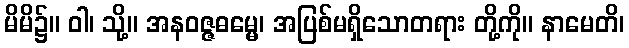
မိမိ၌။ ဝါ၊ သို့။ အနဝဇ္ဇဓမ္မေ၊ အပြစ်မရှိသောတရား တို့ကို။ နာမေတိ၊